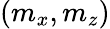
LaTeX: (m_{x},m_{z})